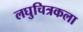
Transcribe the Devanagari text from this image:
लघुचित्रकला